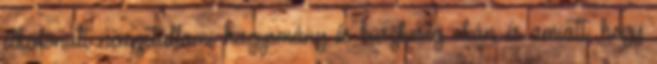
elkülönült nemzetállami hagyomány és büszkeség okán és amiatt, hogy